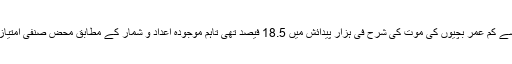
بھارت میں 05-2000 کے درمیانی عرصے میں 4 سال سے کم عمر بچیوں کی موت کی شرح فی ہزار پیدائش میں 18.5 فیصد تھی تاہم موجودہ اعداد و شمار کے مطابق محض صنفی امتیاز برتنے سے شرح اموات میں 22 فیصد تک پہنچ چکی ہے۔